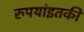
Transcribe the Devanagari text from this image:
रुपयांइतकी